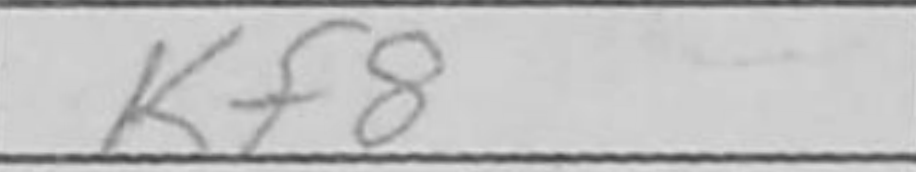
Transcription: Kf8